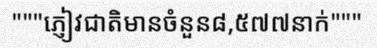
"""ភ្ញៀវជាតិមានចំនួន៨,៥៧៧នាក់"""